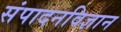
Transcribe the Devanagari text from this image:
संपादनविज्ञान